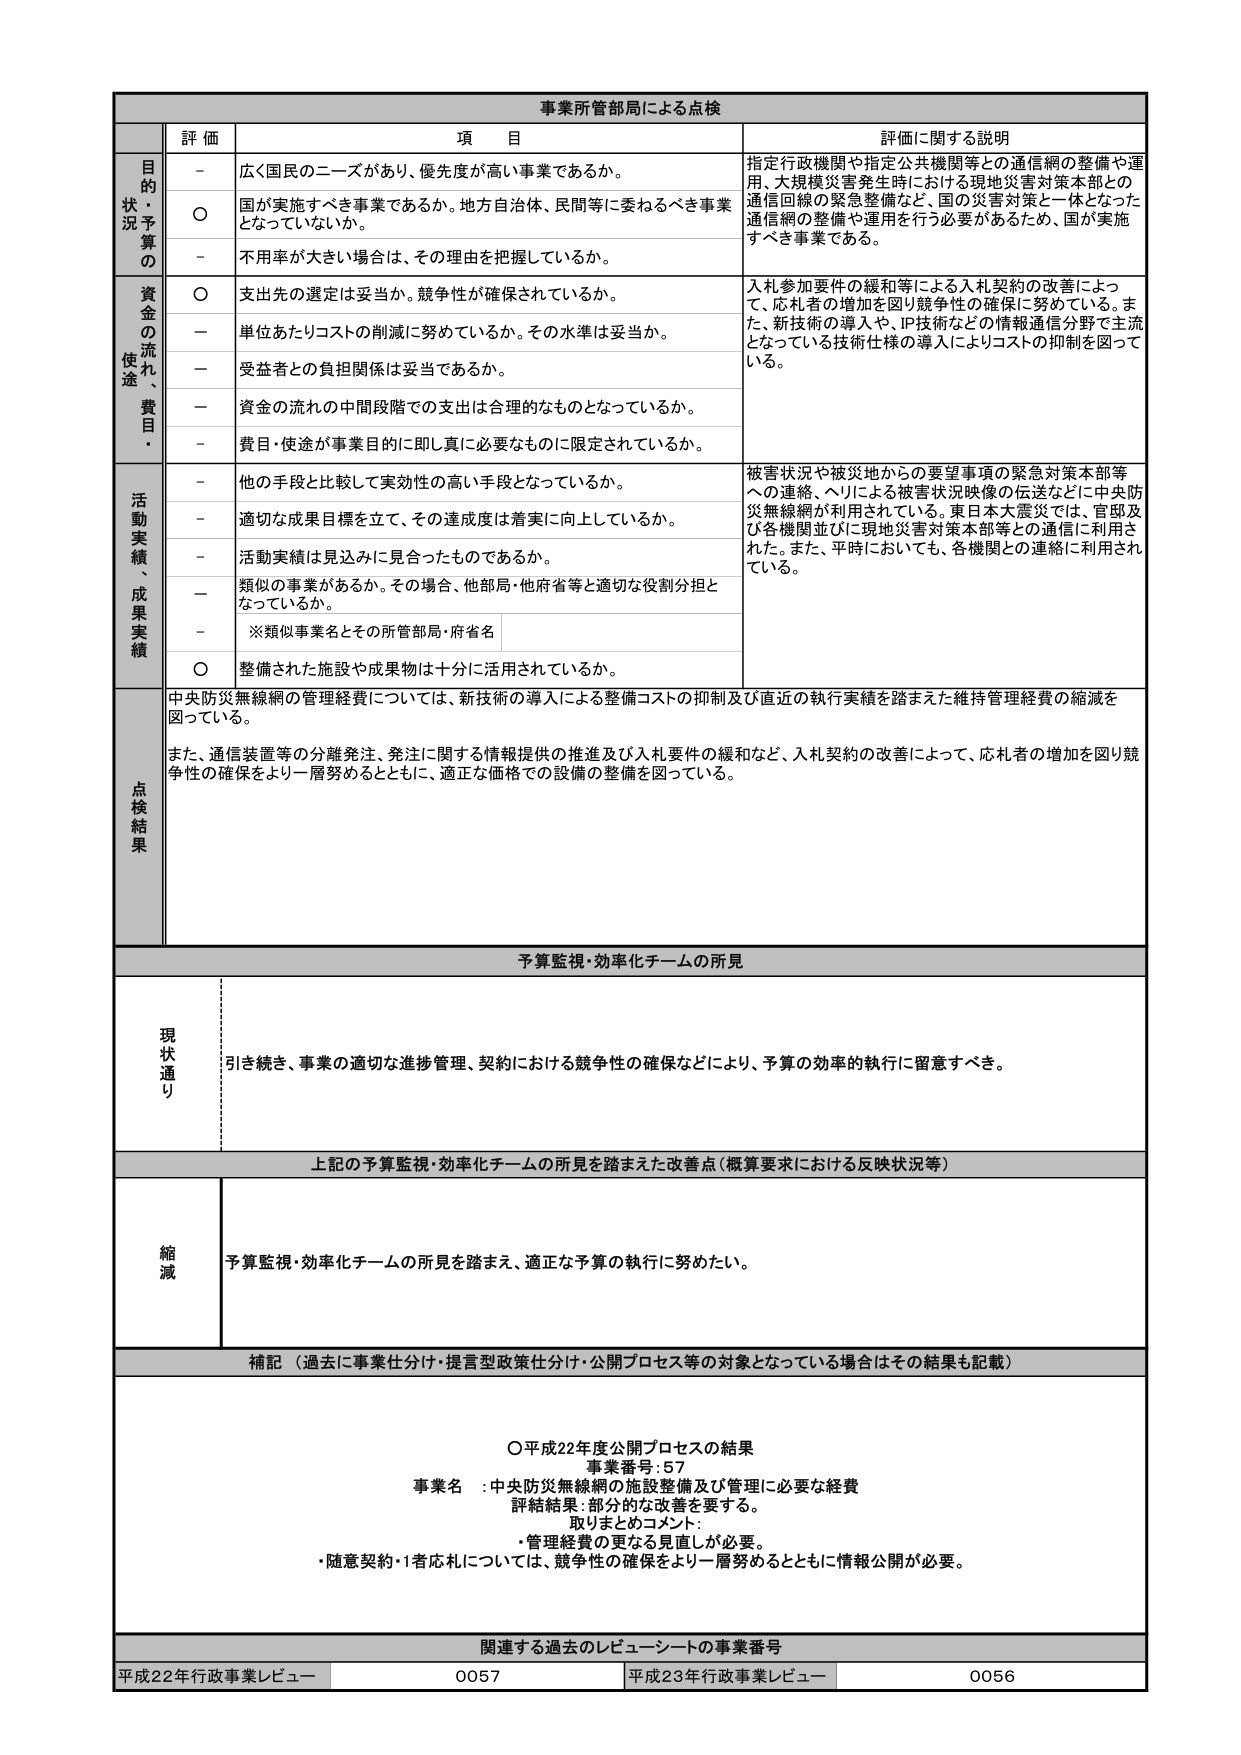
事業所管部局による点検

評価 項目 評価に関する説明

目的状況予算の
- 広く国民のニーズがあり、優先度が高い事業であるか。
○ 国が実施すべき事業であるか。地方自治体、民間等に委ねるべき事業となっていないか。
- 不用率が大きい場合は、その理由を把握しているか。
指定行政機関や指定公共機関等との通信網の整備や運用、大規模災害発生時における現地災害対策本部との通信回線の緊急整備など、国の災害対策と一体となった通信網の整備や運用を行う必要があるため、国が実施すべき事業である。

資金の流れ、使途・費目
○ 支出先の選定は妥当か。競争性が確保されているか。
- 単位あたりコストの削減に努めているか。その水準は妥当か。
- 受益者との負担関係は妥当であるか。
- 資金の流れの中間段階での支出は合理的なものとなっているか。
- 費目・使途が事業目的に即し真に必要なものに限定されているか。
入札参加要件の緩和等による入札契約の改善によって、応札者の増加を図り競争性の確保に努めている。また、新技術の導入や、IP技術などの情報通信分野で主流となっている技術仕様の導入によりコストの抑制を図っている。

活動実績、成果実績
- 他の手段と比較して実効性の高い手段となっているか。
- 適切な成果目標を立て、その達成度は着実に向上しているか。
- 活動実績は見込みに見合ったものであるか。
- 類似の事業があるか。その場合、他部局・他府省等と適切な役割分担となっているか。
※類似事業名とその所管部局・府省名
○ 整備された施設や成果物は十分に活用されているか。
被害状況や被災地からの要望事項の緊急対策本部等への連絡、ヘリによる被害状況映像の伝送などに中央防災無線網が利用されている。東日本大震災では、官邸及び各機関並びに現地災害対策本部等との通信に利用された。また、平時においても、各機関との連絡に利用されている。

点検結果
中央防災無線網の管理経費については、新技術の導入による整備コストの抑制及び直近の執行実績を踏まえた維持管理経費の縮減を図っている。
また、通信装置等の分離発注、発注に関する情報提供の推進及び入札要件の緩和など、入札契約の改善によって、応札者の増加を図り競争性の確保をより一層努めるとともに、適正な価格での設備の整備を図っている。

予算監視・効率化チームの所見

現状通り
引き続き、事業の適切な進捗管理、契約における競争性の確保などにより、予算の効率的執行に留意すべき。

上記の予算監視・効率化チームの所見を踏まえた改善点（概算要求における反映状況等）

縮減
予算監視・効率化チームの所見を踏まえ、適正な予算の執行に努めたい。

補記（過去に事業仕分け・提言型政策仕分け・公開プロセス等の対象となっている場合はその結果も記載）

○平成22年度公開プロセスの結果
事業番号：57
事業名：中央防災無線網の施設整備及び管理に必要な経費
評価結果：部分的な改善を要する。
取りまとめコメント：
・管理経費の更なる見直しが必要。
・随意契約・1者応札については、競争性の確保をより一層努めるとともに情報公開が必要。

関連する過去のレビュー・シートの事業番号
平成22年行政事業レビュー 0057 平成23年行政事業レビュー 0056